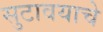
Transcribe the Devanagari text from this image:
सुटावयाचे